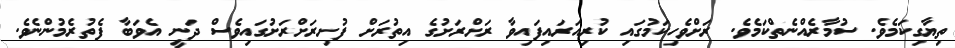
ތިޔާގިކަމެވެ. ސުމާރެއްނެތްކަމެވެ. ރަށްވެހިކަމުގައި ކުރިއަރައިފައިވާ ރަށްރަށުގެ އިތުރަށް ފުށިރަށްރަށުގައިވެސް ދަނީ އެވަބާ ފެތުރެމުންނެވެ.